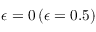
\epsilon = 0 \, ( \epsilon = 0 . 5 )